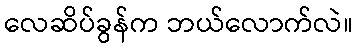
လေဆိပ်ခွန်က ဘယ်လောက်လဲ။